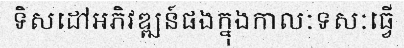
ទិសដៅអភិវឌ្ឍន៍ផងក្នុងកាលៈទសៈធ្វើ